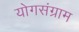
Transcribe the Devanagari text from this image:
योगसंग्राम